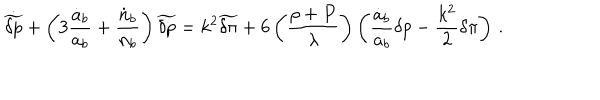
\dot { \widetilde { \delta p } } + \left( 3 { \frac { \dot { a } _ { b } } { a _ { b } } } + { \frac { \dot { n } _ { b } } { n _ { b } } } \right) \widetilde { \delta p } = k ^ { 2 } \widetilde { \delta \pi } + 6 \left( { \frac { \rho + P } { \lambda } } \right) \left( { \frac { \dot { a } _ { b } } { a _ { b } } } \delta p - { \frac { k ^ { 2 } } { 2 } } \delta \pi \right) \, .